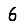
Digit: 6